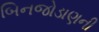
બિનજોડાણની